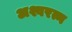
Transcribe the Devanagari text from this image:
अश्वरत्न